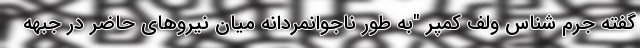
گفته جرم شناس ولف کمپر "به طور ناجوانمردانه میان نیروهای حاضر در جبهه